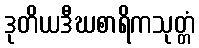
ဒုတိယဒီဃစာရိကသုတ္တံ